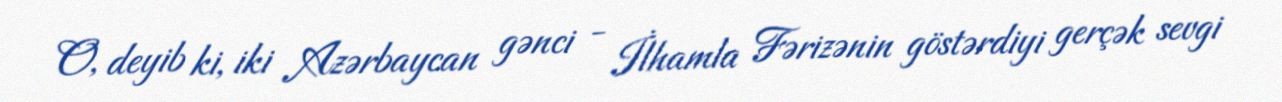
O, deyib ki, iki Azərbaycan gənci - İlhamla Fərizənin göstərdiyi gerçək sevgi